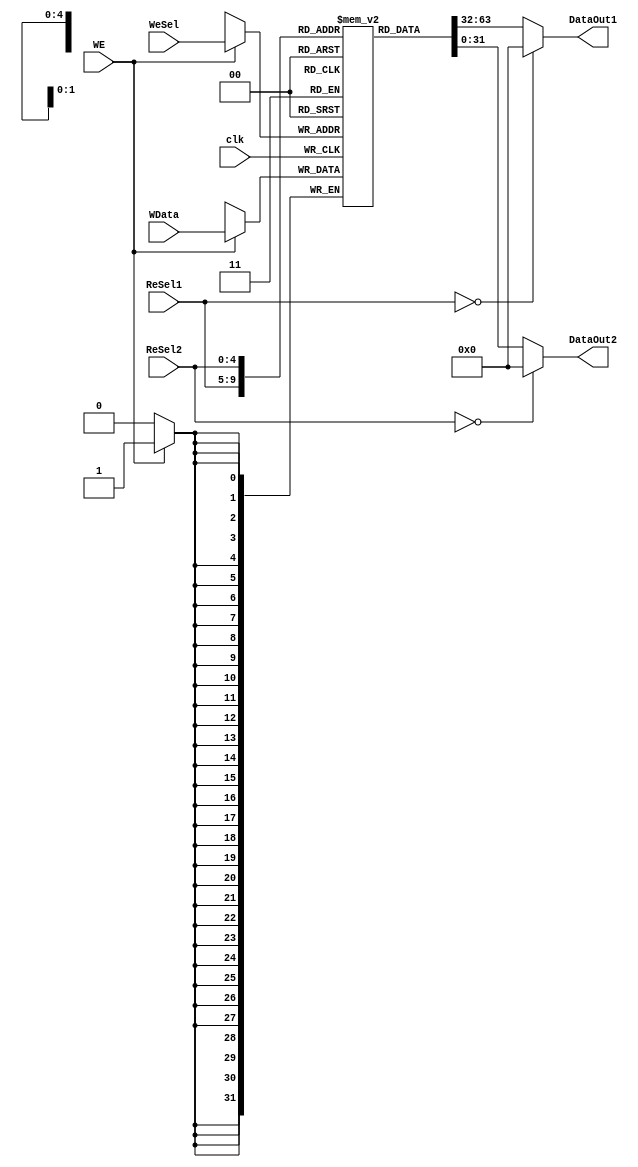

module GPR(DataOut1,DataOut2,clk,WData,WE,WeSel,ReSel1,ReSel2);
	input clk;
	input WE;
	input [4:0] WeSel,ReSel1,ReSel2;
	input [31:0] WData;
	
	output [31:0] DataOut1,DataOut2;
		  
	reg [31:0] Gpr[31:0];
	reg[5:0]i;
	
  initial
	begin
	  for (i = 0; i < 32; i = i + 1)
	    Gpr[i] <= 32'b0;
	end

	always@(posedge clk)
	begin
	  if (WE == 1)
			Gpr[WeSel] = WData;
			$display("v0:%h v1:%h a0:%h a1:%h a2:%h a3:%h 29:%h 31:%h", Gpr[2], Gpr[3], Gpr[4], Gpr[5], Gpr[6], Gpr[7], Gpr[29], Gpr[31]);
			$display("t0:%h t1:%h t2:%h t3:%h t4:%h t5:%h t6:%h t7:%h ", Gpr[8], Gpr[9], Gpr[10], Gpr[11], Gpr[12], Gpr[13], Gpr[14], Gpr[15]);
	end
	assign DataOut1 = (ReSel1==0)?0:Gpr[ReSel1];
	assign DataOut2 = (ReSel2==0)?0:Gpr[ReSel2];
		
endmodule